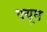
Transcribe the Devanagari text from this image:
फ्यूम